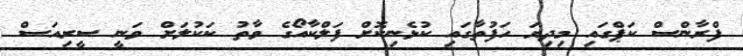
ފްރާންސް ކަޕްގައި މިދިޔަ ހަފުތާގައި ކުޅެނިކޮށް ފަލްކާއޯގެ ވާތު ކަކުލަށް ވަނީ ސީރިއަސް